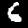
Digit: 6